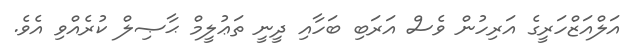
އަލްއަޒްހަރީގެ އަރިހުން ވެސް އަރަބި ބަހާއި ދީނީ ތަޢުލީމް ޙާޞިލް ކުރެއްވި އެވެ.